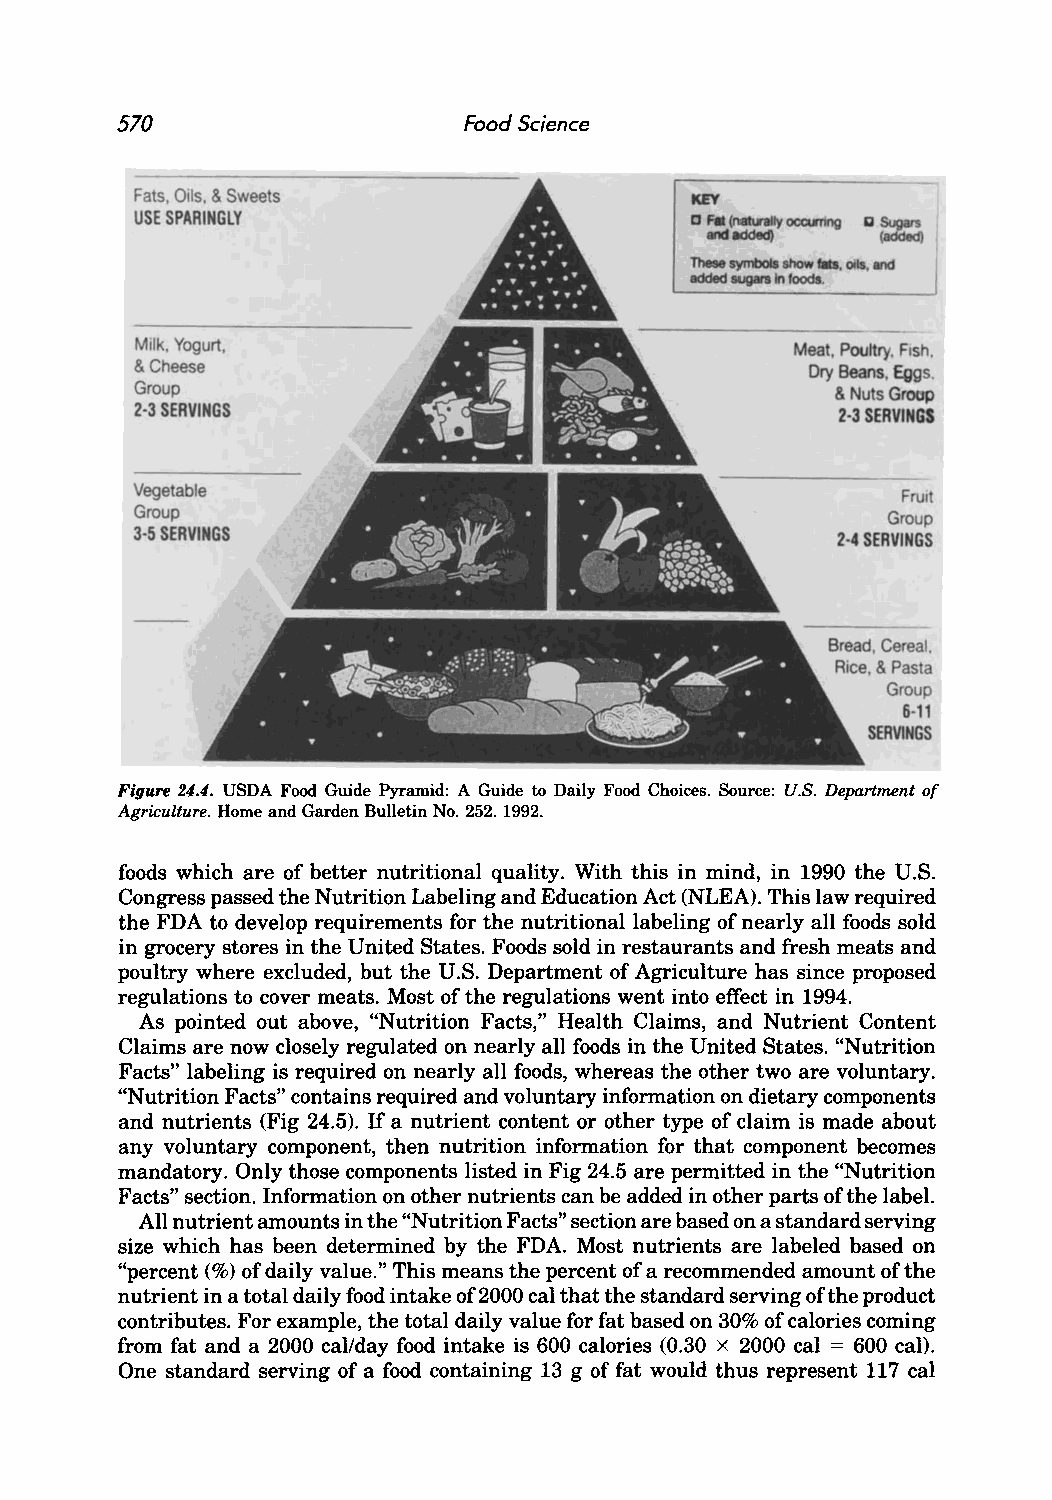
570                    Food Science
 Fats, OIls. & Sweets
 USE SPARINGLY
 Milk, Yogurt,                              Meat, Poultry. Fish.
 & Cheese                                    Dry Beans, Eggs.
 Group                                         & Nuts Grcop
 2·3 SERVINGS                                  2·3 SERVINGS
 Vegetable
 FrUi
 Group                                             Group
 J.5 SERVINGS                                  2-4 SERVINGS
 Bread, Cereal.
 Rice, & Pasta
 Group
 6-11
 SERVINGS
 Figure 24.4. USDA Food Guide Pyramid: A Guide to Daily Food Choices. Source: U.S. Department of
 Agriculture. Home and Garden Bulletin No. 252. 1992.
 foods which are of better nutritional quality. With this in mind, in 1990 the U.S.
 Congress passed the Nutrition Labeling and Education Act (NLEA). This law required
 the FDA to develop requirements for the nutritional labeling of nearly all foods sold
 in grocery stores in the United States. Foods sold in restaurants and fresh meats and
 poultry where excluded, but the U.S. Department of Agriculture has since proposed
 regulations to cover meats. Most of the regulations went into effect in 1994.
 As pointed out above, "Nutrition Facts," Health Claims, and Nutrient Content
 Claims are now closely regulated on nearly all foods in the United States. "Nutrition
 Facts" labeling is required on nearly all foods, whereas the other two are voluntary.
 "Nutrition Facts" contains required and voluntary information on dietary components
 and nutrients (Fig 24.5). If a nutrient content or other type of claim is made about
 any voluntary component, then nutrition information for that component becomes
 mandatory. Only those components listed in Fig 24.5 are permitted in the "Nutrition
 Facts" section. Information on other nutrients can be added in other parts of the label.
 All nutrient amounts in the "Nutrition Facts" section are based on a standard serving
 size which has been determined by the FDA. Most nutrients are labeled based on
 "percent (%) of daily value." This means the percent of a recommended amount of the
 nutrient in a total daily food intake of2000 cal that the standard serving of the product
 contributes. For example, the total daily value for fat based on 30% of calories coming
 from fat and a 2000 cal/day food intake is 600 calories (0.30 x 2000 cal = 600 cal).
 One standard serving of a food containing 13 g of fat would thus represent 117 cal